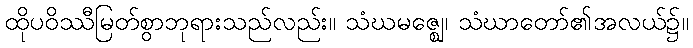
ထိုပဝိဿီမြတ်စွာဘုရားသည်လည်း။ သံဃမဇ္ဈေ၊ သံဃာတော်၏အလယ်၌။